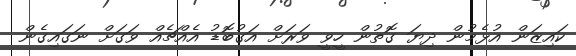
ކައިޒަން އުޅެމުން ދިޔަ ގޮތުން ހީވީ ވަރަށް އަގުބޮޑު އެއްޗެއް ވަގަށް ނަގައިގެން